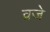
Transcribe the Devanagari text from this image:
व्रजे